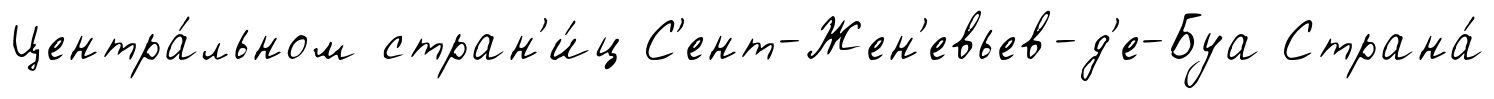
Центра́льном стран'и́ц С'ент-Жен'евьев-д'е-Буа Страна́